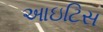
આઇટિસ